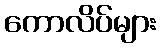
ကောလိပ်များ